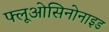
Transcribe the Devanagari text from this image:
फ्लूओसिनोनाइड